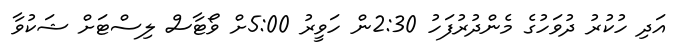
އަދި ހުކުރު ދުވަހުގެ މެންދުރުފަހު 2:30ން ހަވީރު 5:00ށް ވޯޓާސް ލިސްޓަށް ޝަކުވާ